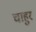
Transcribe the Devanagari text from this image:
चाहुर